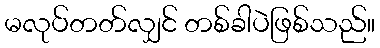
မလုပ်တတ်လျှင် တစ်ခါပဲဖြစ်သည်။